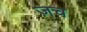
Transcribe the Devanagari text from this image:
ज़च